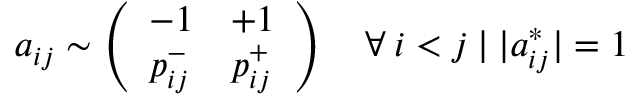
a _ { i j } \sim \left( \begin{array} { l l } { - 1 } & { + 1 } \\ { p _ { i j } ^ { - } } & { p _ { i j } ^ { + } } \end{array} \right) \quad \forall \: i < j \: | \: | a _ { i j } ^ { * } | = 1